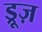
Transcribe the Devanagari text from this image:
ड्रूज़